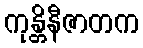
ကုန္တိနီဇာတက